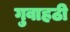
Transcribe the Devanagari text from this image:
गुवाहठी